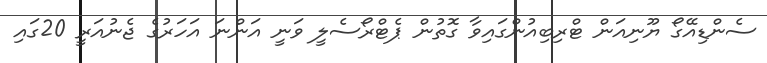
ސެންޑިއޭގޯ ޔޫނިއަން ޓްރިބިއުންގައިވާ ގޮތުން ޕެޓްރޯސެލީ ވަނީ އަންނަ އަހަރުގެ ޖެނުއަރީ 20ގައި